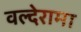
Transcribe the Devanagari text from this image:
वल्देरामा